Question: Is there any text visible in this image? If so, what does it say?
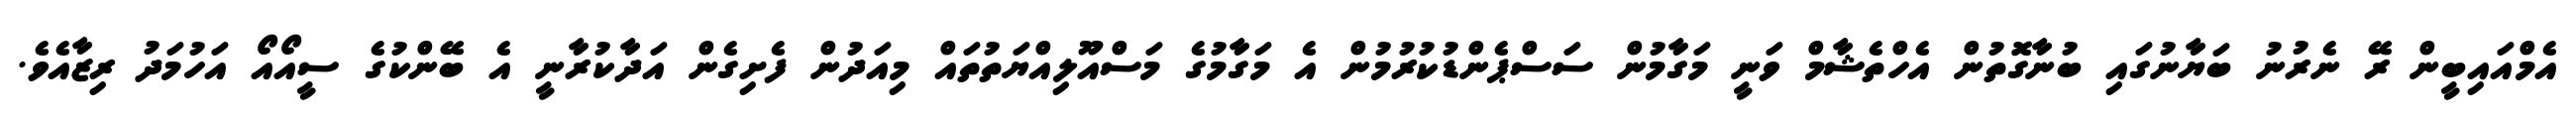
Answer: އެމްއައިބީން ރޭ ނެރުނު ބަޔާނުގައި ބުނާގޮތުން އެހްތެޝާމް ވަނީ މަގާމުން ސަސްޕެންޑުކުރުމުން އެ މަގާމުގެ މަސްއޫލިއްޔަތުތައް މިއަދުން ފެށިގެން އަދާކުރާނީ އެ ބޭންކުގެ ސީއޯއޯ އަހުމަދު ރިޒާއެވެ.